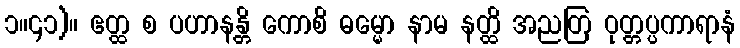
၁။၄၁)။ ဧတ္ထ စ ပဟာနန္တိ ကောစိ ဓမ္မော နာမ နတ္ထိ အညတြ ဝုတ္တပ္ပကာရာနံ